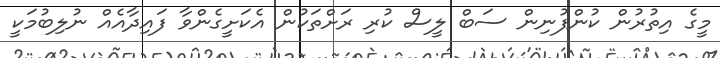
މީގެ އިތުރުން ކުންފުނިން ސަބް ލީސް ކުރި ރަށްތަކުން އެކަށީގެންވާ ފައިދާއެއް ނުލިބުމަކީ